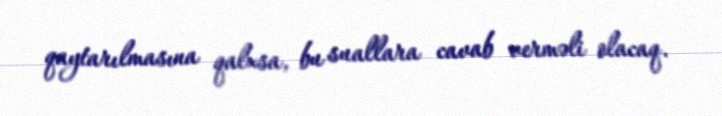
qaytarılmasına qalxsa, bu suallara cavab verməli olacaq.